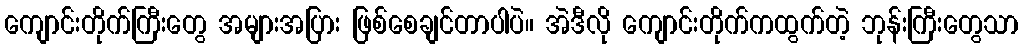
ကျောင်းတိုက်ကြီးတွေ အများအပြား ဖြစ်စေချင်တာပါပဲ။ အဲဒီလို ကျောင်းတိုက်ကထွက်တဲ့ ဘုန်းကြီးတွေသာ